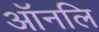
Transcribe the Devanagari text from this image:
ऑनलि